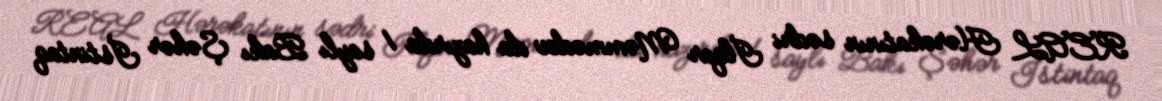
REAL Hərəkatının sədri İlqar Məmmədov da hazırda 1 saylı Bakı Şəhər İstintaq